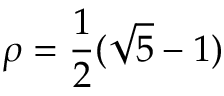
\rho = { \frac { 1 } { 2 } } ( { \sqrt { 5 } } - 1 )